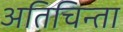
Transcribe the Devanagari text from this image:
अतिचिन्ता